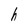
Character: h